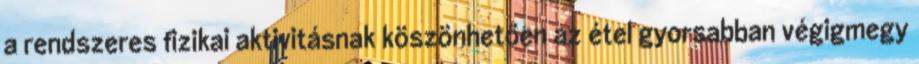
a rendszeres fizikai aktivitásnak köszönhetően az étel gyorsabban végigmegy